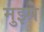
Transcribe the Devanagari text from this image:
मुझ्पे